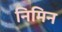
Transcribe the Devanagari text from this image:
निमिन